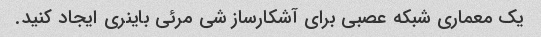
یک معماری شبکه عصبی برای آشکارساز شی مرئی باینری ایجاد کنید.